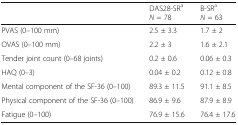
|  | DAS28-SRaN = 78 | B-SRaN = 63 |
 | --- | --- | --- |
 | PVAS (0–100 mm) | 2.5 ± 3.3 | 1.7 ± 2 |
 | OVAS (0–100 mm) | 2.2 ± 3 | 1.6 ± 2.1 |
 | Tender joint count (0–68 joints) | 0.2 ± 0.6 | 0.06 ± 0.3 |
 | HAQ (0–3) | 0.04 ± 0.2 | 0.12 ± 0.8 |
 | Mental component of the SF-36 (0–100) | 89.3 ± 11.5 | 91.1 ± 8.5 |
 | Physical component of the SF-36 (0–100) | 86.9 ± 9.6 | 87.9 ± 8.9 |
 | Fatigue (0–100) | 76.9 ± 15.6 | 76.4 ± 17.6 |